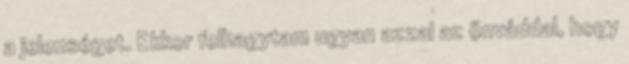
a jelenséget. Ekkor felhagytam ugyan azzal az önváddal, hogy